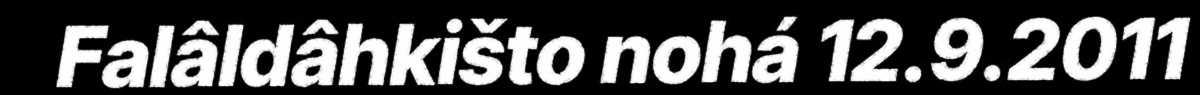
Falâldâhkišto nohá 12.9.2011